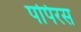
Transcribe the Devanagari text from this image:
पपिरस